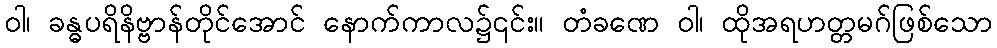
ဝါ၊ ခန္ဓပရိနိဗ္ဗာန်တိုင်အောင် နောက်ကာလ၌၎င်း။ တံခဏေ ဝါ၊ ထိုအရဟတ္တမဂ်ဖြစ်သော